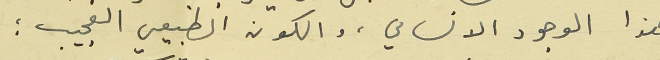
هذا الوجود الانساني، والكون الطبيعي العجيب ؛